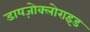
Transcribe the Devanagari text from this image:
डायज़ोक्लोराइड